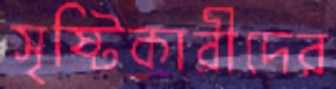
সৃষ্টিকারীদের